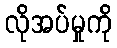
လိုအပ်မှုကို